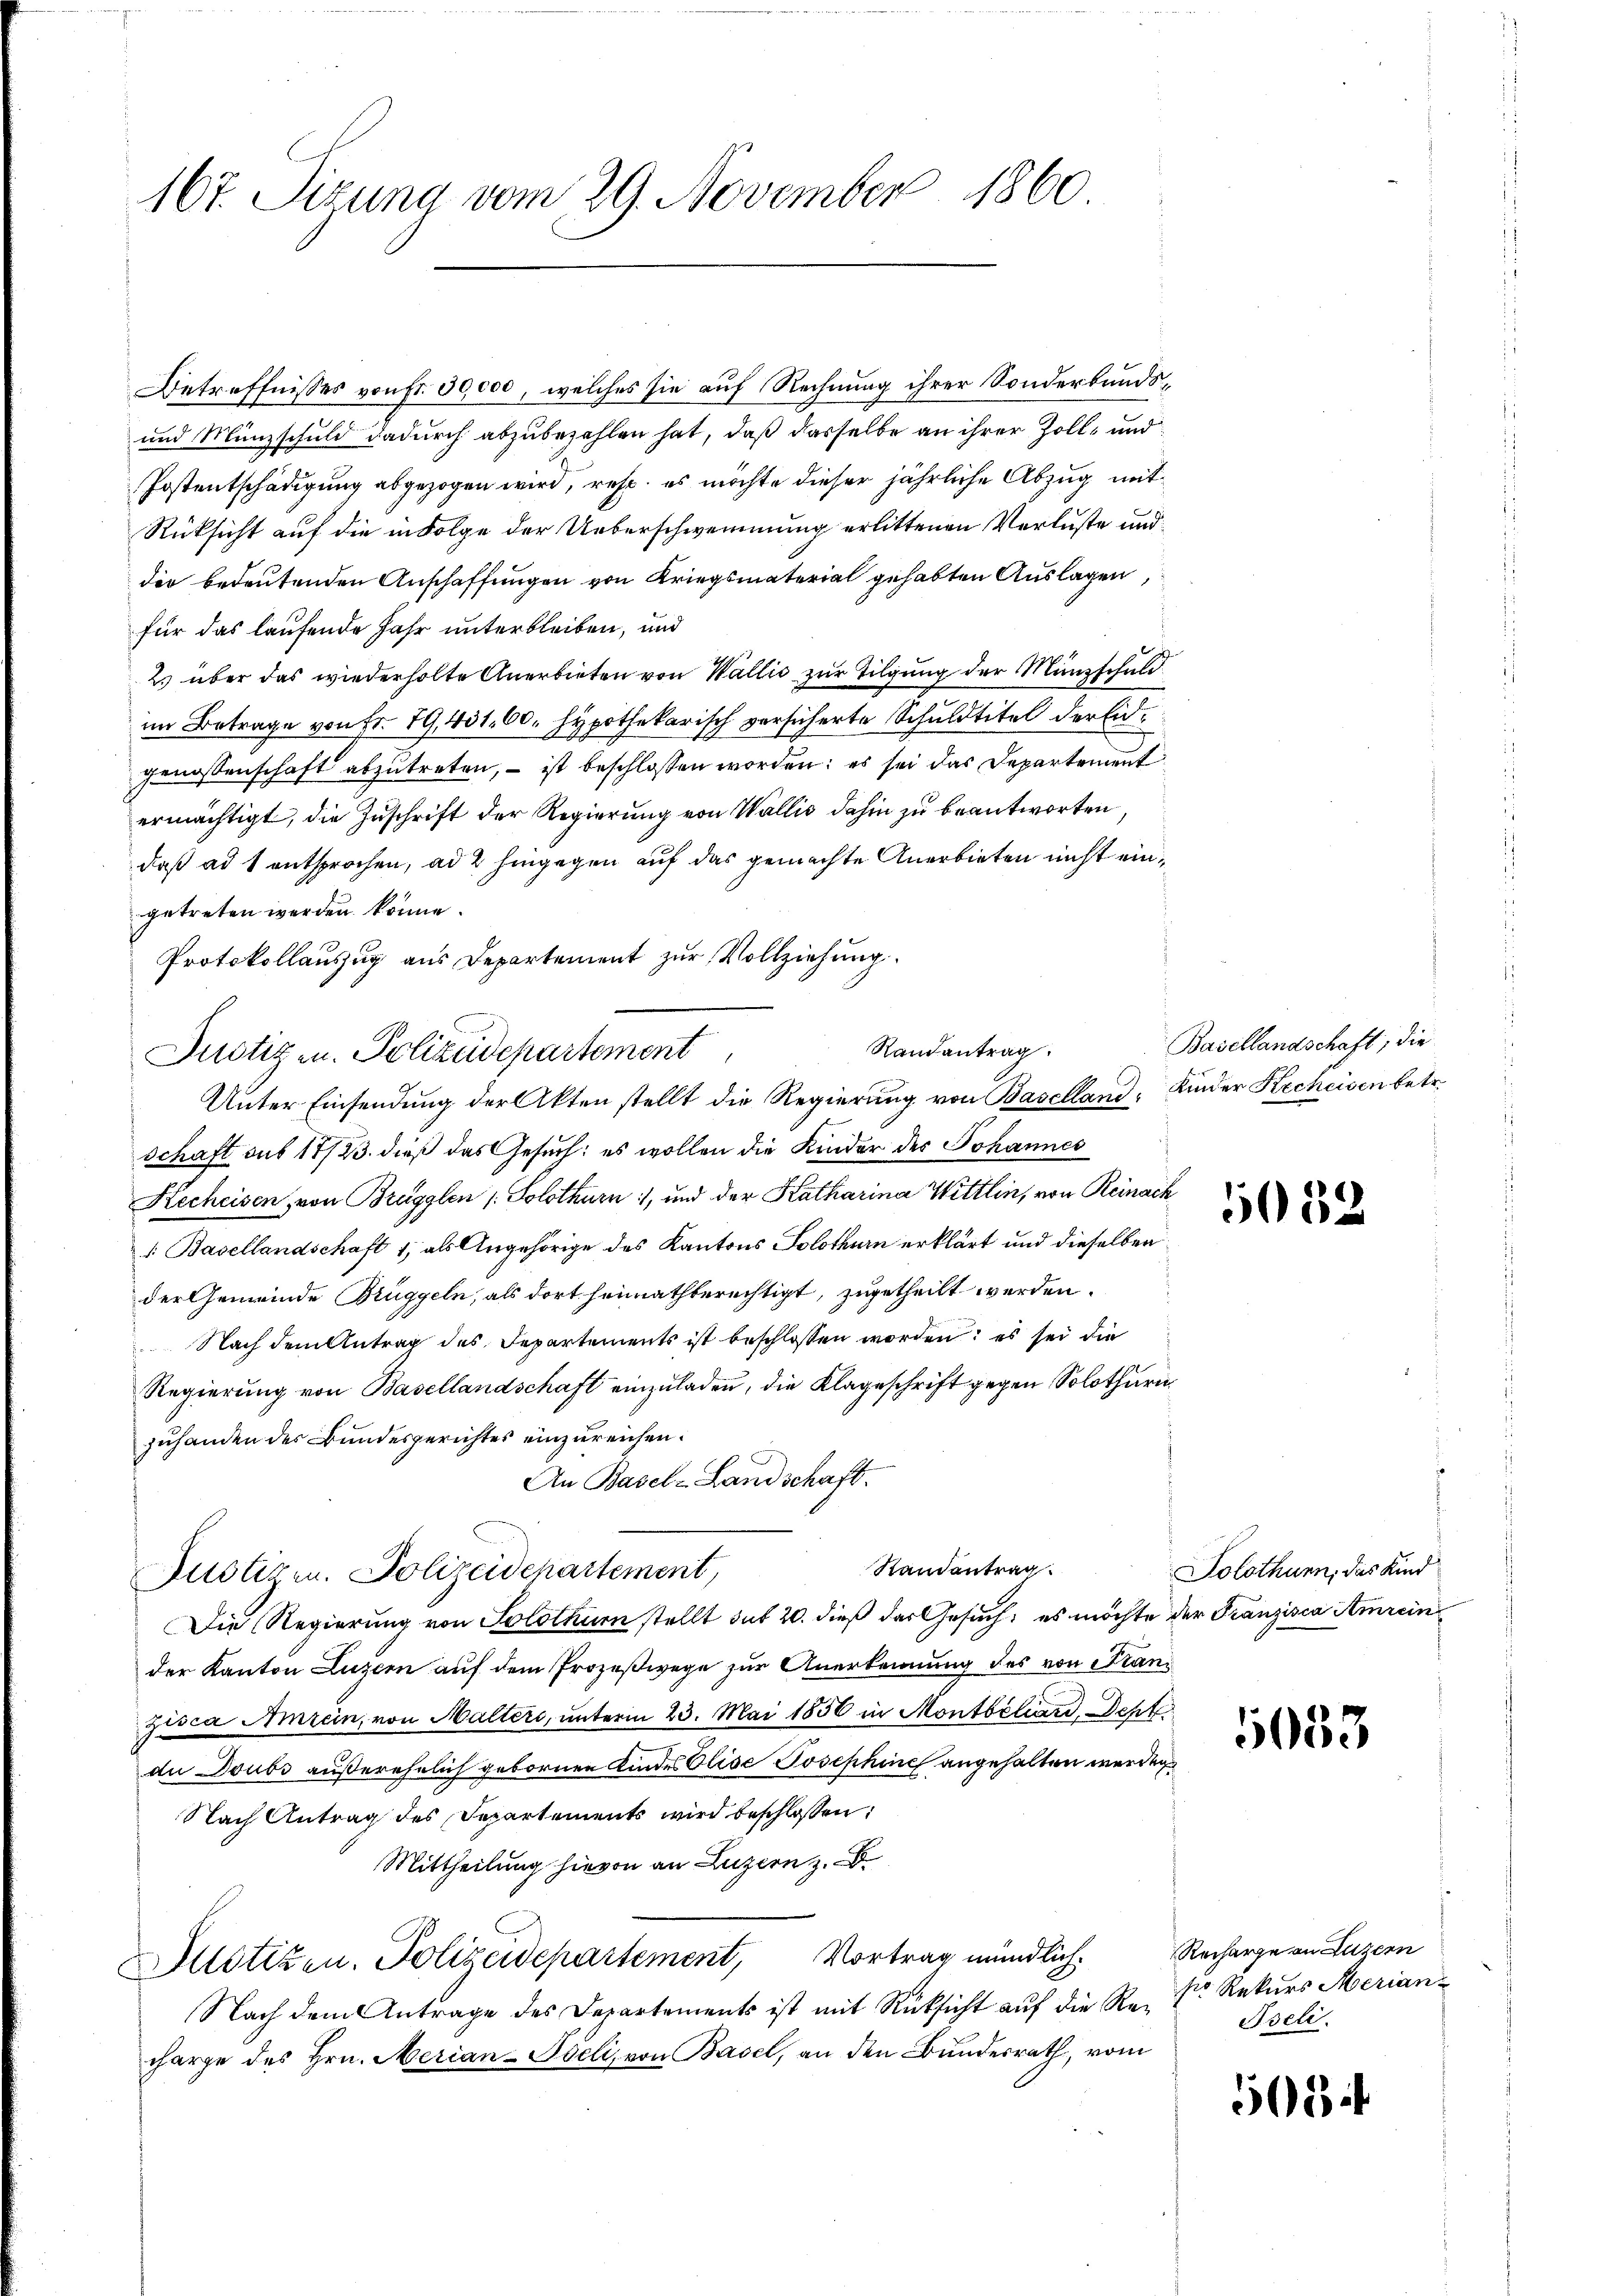
167. Sizung vom 29. November 1860

Betreffnisses von Fr. 30,000, welches sie auf Rechnung ihrer Sonderbunds¬
und Münzschuld dadurch abzubezahlen hat, daß dasselbe an ihrer Zoll- und
Postentschädigung abgezogen wird, resp. es möchte dieser jährliche Abzug mit
Rücksicht auf die in Folge der Ueberschwemmung erlittenen Verluste und
der bedeutenden Anschaffungen von Kriegsmaterial gehabten Auslagen,
für das laufende Jahr unterbleiben, und
2. über das wiederholte Anerbieten von Wallis zur Tilgung der Münzschuld
im Betrage von Fr. 19, 401. 60. Hypothekarisch versicherte Schuldtitel der Eidgenossenschaft abzutreten, – ist beschlossen worden; es sei das Departement
ermächtigt, die Zuschrift der Regierung von Wallis dahin zu beantworten,
daß ad 1 entsprochen, ad 2 hingegen auf das gemachte Anerbieten nicht eingetreten werden könne.
Protokollauszug aus Departement zur Vollziehung.
Justiz u. Polizeidepartement
Unter Einsendung der Akten stellt die Regierung von Baselland Kinder Kecheisen betr.
schaft sub 17/23. dieß das Gesuch: es wollen die Kinder des Johannes
Kecheisen, von Brugglen ( Solothurn, und der Katharina Wittlin, von Reinack
". Basellandschaft 1, als Angehörige des Kantons Solothurn erklärt und dieselben
der Gemeinde Brüggeln, als dort heimathberechtigt, zugetheilt werden.
Nach dem Antrag des Departements ist beschlossen worden; es sei die
Regierŭng von Basellandschaft einzŭladen, die Klageschrift gegen Solothurn
zuhanden des Bundesgerichtes einzureichen.
An Basel-Landschaft.
Randantrag
Justizen. Polizeidepartement,
Die Regierung von Solothur stellt das 20. dieß der Gesuch; es möchte der Franzisca Amrein
der Kanton Luzern auf dem Prozeßwege zur Anerkennung des von Franzisca Amrein, von Malters, unterm 23. Mai 1856 in Montbiliard Seht
die Doubs außerehelich gebornen Kindes Olise Josephine angehalten werden
Nach Antrag des Departements wird beschlossen:
Mittheilung hievon an Luzern z. B.
Mllotizen. Polizeidepartement, Vortrag mündlich. Recharge an Luzern
Nach dem Antrage des Departements ist mit Rücksicht auf die Re-
charge des Hrn. Merian-Iseli, von Basel, an den Bundesrath, vom

Randantrag

Basellandschaft; die

5032

Solothurn, das Kind

5083

so Rekurs Merian-
Iseli

5054